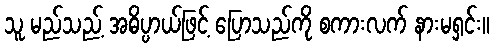
သူ မည်သည့် အဓိပ္ပာယ်ဖြင့် ပြောသည်ကို စကားလက် နားမရှင်း။